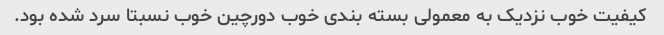
کیفیت خوب نزدیک به معمولی بسته بندی خوب دورچین خوب نسبتا سرد شده بود.